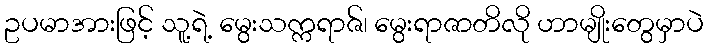
ဥပမာအားဖြင့် သူ့ရဲ့ မွေးသက္ကရာဇ်၊ မွေးရာဇာတိလို ဟာမျိုးတွေမှာပဲ